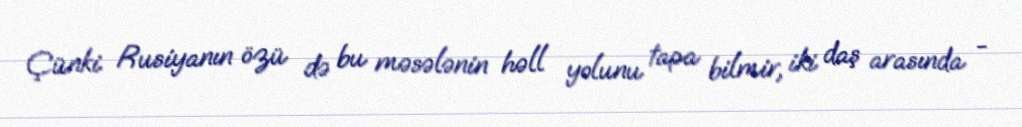
Çünki Rusiyanın özü də bu məsələnin həll yolunu tapa bilmir, iki daş arasında -